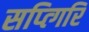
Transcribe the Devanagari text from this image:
सप्त्गिरि